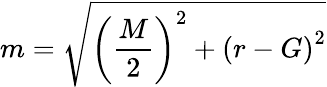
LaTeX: {}m={\sqrt{\left({\frac{M}{2}}\right)^{2}+\left(r-G\right)^{2}}}